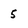
Character: 5